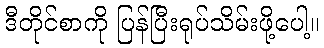
ဒီတိုင်စာကို ပြန်ပြီးရုပ်သိမ်းဖို့ပေါ့။